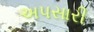
અપસારી